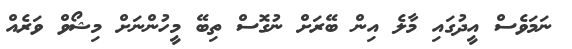
ނަމަވެސް އީދުގައި މާލެ އިން ބޭރަށް ނުގޮސް ތިބޭ މީހުންނަށް މިޝޯވް ވަރެއް